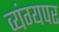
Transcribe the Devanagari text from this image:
व्यंग्यपर